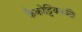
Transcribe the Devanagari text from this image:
कैकोट्टिक्कळि